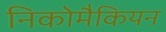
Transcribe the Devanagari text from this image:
निकोमैकियन